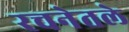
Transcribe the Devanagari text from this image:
रचनेतले